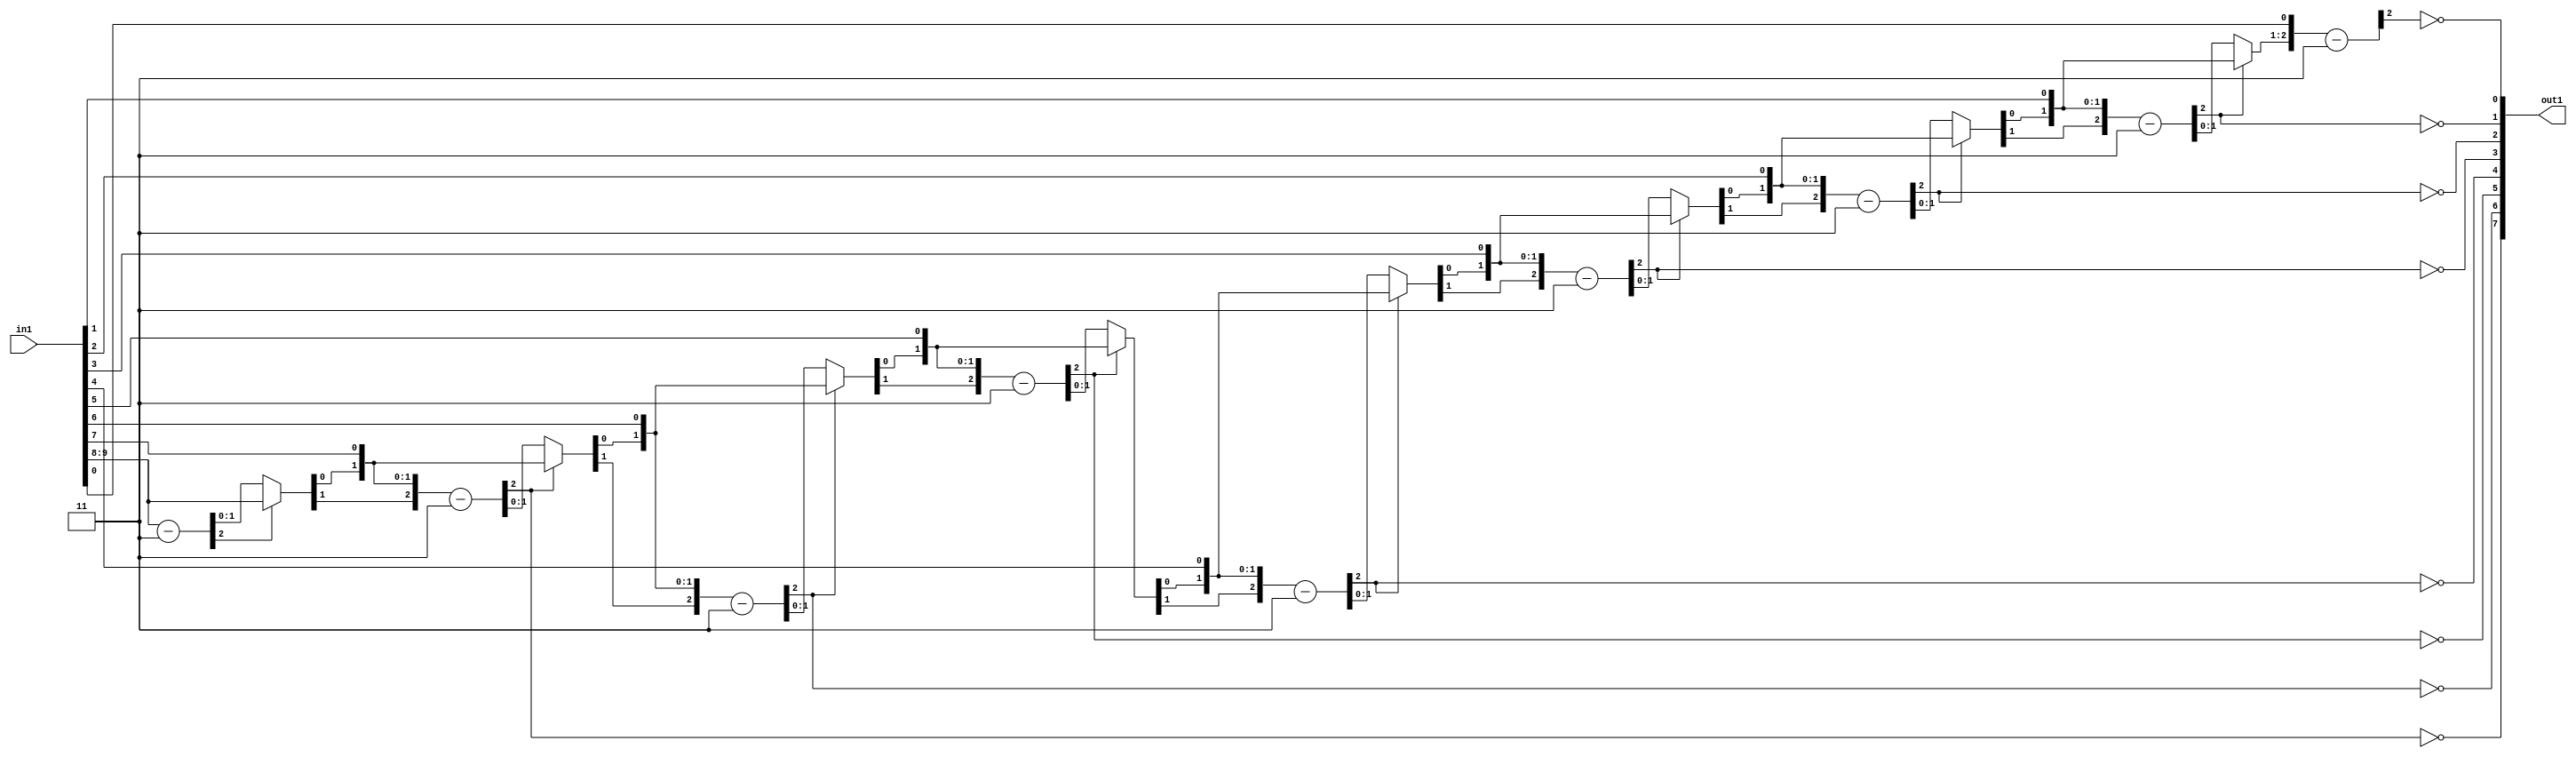
`timescale 1ps / 1ps
/*****************************************************************************
    Verilog RTL Description
    
    
    Created by: Stratus DpOpt 2019.1.01 
*******************************************************************************/

module GaussFilter_Div_8U_15_1 (
	in1,
	out1
	); /* architecture "behavioural" */ 
input [9:0] in1;
output [7:0] out1;
wire [7:0] asc001_0;
wire [2:0] in1_2;
wire [1:0] in1_3;
wire [2:0] in1_5,
	in1_6,
	in1_8;
wire [3:0] in1_9;
wire [2:0] in1_11;
wire [4:0] in1_12;
wire [2:0] in1_14;
wire [5:0] in1_15;
wire [2:0] in1_17;
wire [6:0] in1_18;
wire [2:0] in1_20;
wire [7:0] in1_21;
wire [2:0] in1_23;
wire [8:0] in1_24;
wire [9:0] in1_25;
wire [2:0] in1_26,
	in1_4_0,
	in1_4_1;
wire [3:0] in1_7_0,
	in1_7_1;
wire [4:0] in1_10_0,
	in1_10_1;
wire [5:0] in1_13_0,
	in1_13_1;
wire [6:0] in1_16_0,
	in1_16_1;
wire [7:0] in1_19_0,
	in1_19_1;
wire [8:0] in1_22_0,
	in1_22_1;

wire [2:0] in1_2_tmp_0;
assign in1_2_tmp_0 = 
	+(in1[9:8]);
assign in1_2 = in1_2_tmp_0
	-(3'B011);

reg [1:0] in1_3_tmp_1;
assign in1_3 = in1_3_tmp_1;
always @ (in1_2[2] or in1_2[1:0] or in1[9:8]) begin
	case (in1_2[2])
		1'B0 : in1_3_tmp_1 = in1_2[1:0] ;
		default : in1_3_tmp_1 = in1[9:8] ;
	endcase
end

assign in1_4_0 = {in1_3,in1[7]};

assign in1_4_1 = {in1_3,in1[7]};

wire [2:0] in1_5_tmp_2;
assign in1_5_tmp_2 = 
	+(in1_4_1);
assign in1_5 = in1_5_tmp_2
	-(3'B011);

assign asc001_0[7] = ~in1_5[2];

reg [2:0] in1_6_tmp_3;
assign in1_6 = in1_6_tmp_3;
always @ (in1_5[2] or in1_5 or in1_4_0) begin
	case (in1_5[2])
		1'B0 : in1_6_tmp_3 = in1_5 ;
		default : in1_6_tmp_3 = in1_4_0 ;
	endcase
end

assign in1_7_0 = {in1_6,in1[6]};

assign in1_7_1 = {in1_6,in1[6]};

wire [2:0] in1_8_tmp_4;
assign in1_8_tmp_4 = 
	+(in1_7_1[2:0]);
assign in1_8 = in1_8_tmp_4
	-(3'B011);

assign asc001_0[6] = ~in1_8[2];

reg [3:0] in1_9_tmp_5;
assign in1_9 = in1_9_tmp_5;
always @ (in1_8[2] or in1_8 or in1_7_0) begin
	case (in1_8[2])
		1'B0 : in1_9_tmp_5 = in1_8 ;
		default : in1_9_tmp_5 = in1_7_0 ;
	endcase
end

assign in1_10_0 = {in1_9,in1[5]};

assign in1_10_1 = {in1_9,in1[5]};

wire [2:0] in1_11_tmp_6;
assign in1_11_tmp_6 = 
	+(in1_10_1[2:0]);
assign in1_11 = in1_11_tmp_6
	-(3'B011);

assign asc001_0[5] = ~in1_11[2];

reg [4:0] in1_12_tmp_7;
assign in1_12 = in1_12_tmp_7;
always @ (in1_11[2] or in1_11 or in1_10_0) begin
	case (in1_11[2])
		1'B0 : in1_12_tmp_7 = in1_11 ;
		default : in1_12_tmp_7 = in1_10_0 ;
	endcase
end

assign in1_13_0 = {in1_12,in1[4]};

assign in1_13_1 = {in1_12,in1[4]};

wire [2:0] in1_14_tmp_8;
assign in1_14_tmp_8 = 
	+(in1_13_1[2:0]);
assign in1_14 = in1_14_tmp_8
	-(3'B011);

assign asc001_0[4] = ~in1_14[2];

reg [5:0] in1_15_tmp_9;
assign in1_15 = in1_15_tmp_9;
always @ (in1_14[2] or in1_14 or in1_13_0) begin
	case (in1_14[2])
		1'B0 : in1_15_tmp_9 = in1_14 ;
		default : in1_15_tmp_9 = in1_13_0 ;
	endcase
end

assign in1_16_0 = {in1_15,in1[3]};

assign in1_16_1 = {in1_15,in1[3]};

wire [2:0] in1_17_tmp_10;
assign in1_17_tmp_10 = 
	+(in1_16_1[2:0]);
assign in1_17 = in1_17_tmp_10
	-(3'B011);

assign asc001_0[3] = ~in1_17[2];

reg [6:0] in1_18_tmp_11;
assign in1_18 = in1_18_tmp_11;
always @ (in1_17[2] or in1_17 or in1_16_0) begin
	case (in1_17[2])
		1'B0 : in1_18_tmp_11 = in1_17 ;
		default : in1_18_tmp_11 = in1_16_0 ;
	endcase
end

assign in1_19_0 = {in1_18,in1[2]};

assign in1_19_1 = {in1_18,in1[2]};

wire [2:0] in1_20_tmp_12;
assign in1_20_tmp_12 = 
	+(in1_19_1[2:0]);
assign in1_20 = in1_20_tmp_12
	-(3'B011);

assign asc001_0[2] = ~in1_20[2];

reg [7:0] in1_21_tmp_13;
assign in1_21 = in1_21_tmp_13;
always @ (in1_20[2] or in1_20 or in1_19_0) begin
	case (in1_20[2])
		1'B0 : in1_21_tmp_13 = in1_20 ;
		default : in1_21_tmp_13 = in1_19_0 ;
	endcase
end

assign in1_22_0 = {in1_21,in1[1]};

assign in1_22_1 = {in1_21,in1[1]};

wire [2:0] in1_23_tmp_14;
assign in1_23_tmp_14 = 
	+(in1_22_1[2:0]);
assign in1_23 = in1_23_tmp_14
	-(3'B011);

assign asc001_0[1] = ~in1_23[2];

reg [8:0] in1_24_tmp_15;
assign in1_24 = in1_24_tmp_15;
always @ (in1_23[2] or in1_23 or in1_22_0) begin
	case (in1_23[2])
		1'B0 : in1_24_tmp_15 = in1_23 ;
		default : in1_24_tmp_15 = in1_22_0 ;
	endcase
end

assign in1_25 = {in1_24,in1[0]};

wire [2:0] in1_26_tmp_16;
assign in1_26_tmp_16 = 
	+(in1_25[2:0]);
assign in1_26 = in1_26_tmp_16
	-(3'B011);

assign asc001_0[0] = ~in1_26[2];

assign out1 = asc001_0;
endmodule

/* CADENCE  v7L0Tgra : u9/ySgnWtBlWxVPRXgAZ4Og= ** DO NOT EDIT THIS LINE ******/